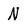
Character: N